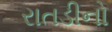
રાતડીનો